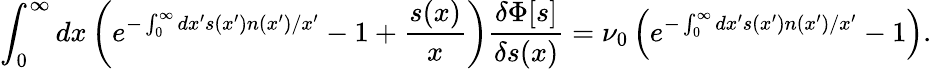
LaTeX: \int_{0}^{\infty}dx\left(e^{-\int_{0}^{\infty}dx^{\prime}s(x^{\prime})n(x^{\prime})/x^{\prime}}-1+\frac{s(x)}{x}\right)\frac{\delta\Phi[s]}{\delta s(x)}=\nu_{0}\left(e^{-\int_{0}^{\infty}dx^{\prime}s(x^{\prime})n(x^{\prime})/x^{\prime}}-1\right).